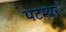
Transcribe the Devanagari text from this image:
पटम्‍बर